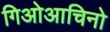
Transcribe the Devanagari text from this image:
गिओआचिनो